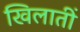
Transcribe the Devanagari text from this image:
खिलातीं